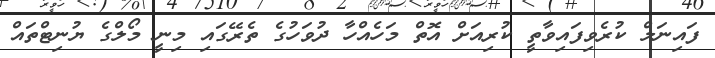
ފައިނަލް ކުރެވިފައިވާތީ ކުރިއަށް އޮތް މަހެއްހާ ދުވަހުގެ ތެރޭގައި މިނީ މޯލްގެ ޔުނިޓްތައް